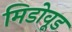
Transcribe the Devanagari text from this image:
मिडोवूड